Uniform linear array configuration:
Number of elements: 64
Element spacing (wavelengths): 0.75
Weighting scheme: exponential
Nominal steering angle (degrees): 30
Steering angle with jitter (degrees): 30.828
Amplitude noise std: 0.05
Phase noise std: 0.05

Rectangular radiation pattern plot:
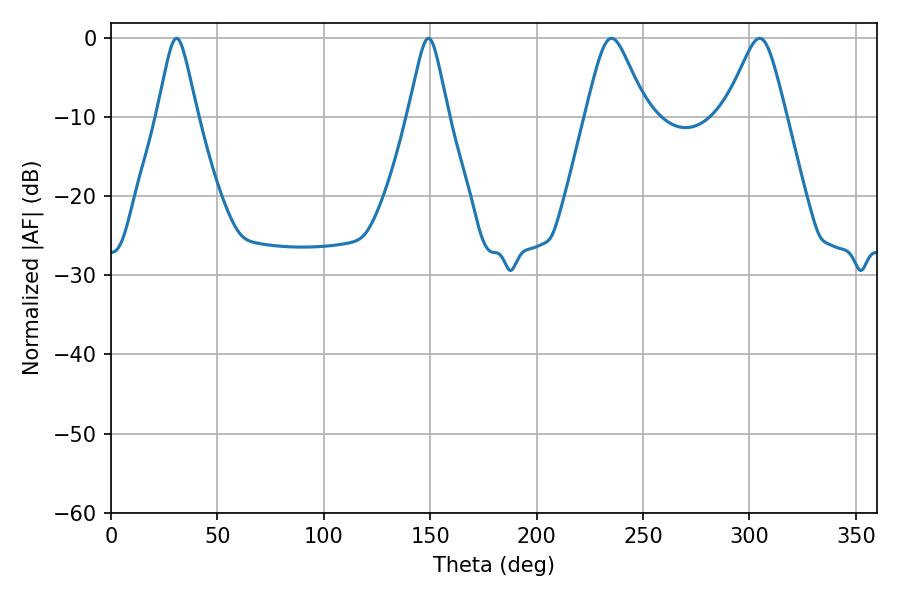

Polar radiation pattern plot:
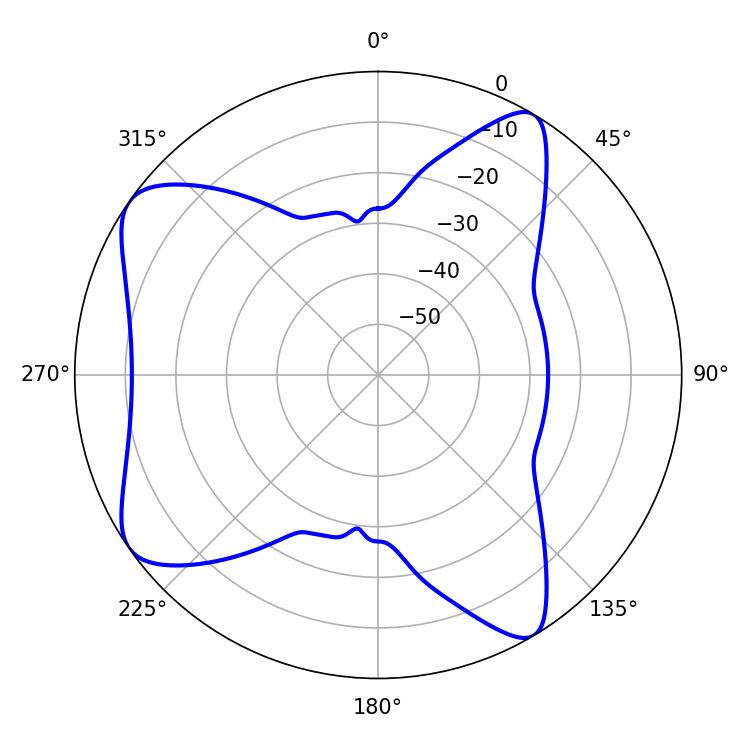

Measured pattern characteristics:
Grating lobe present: TRUE
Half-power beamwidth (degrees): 8.82
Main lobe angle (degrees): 30.78